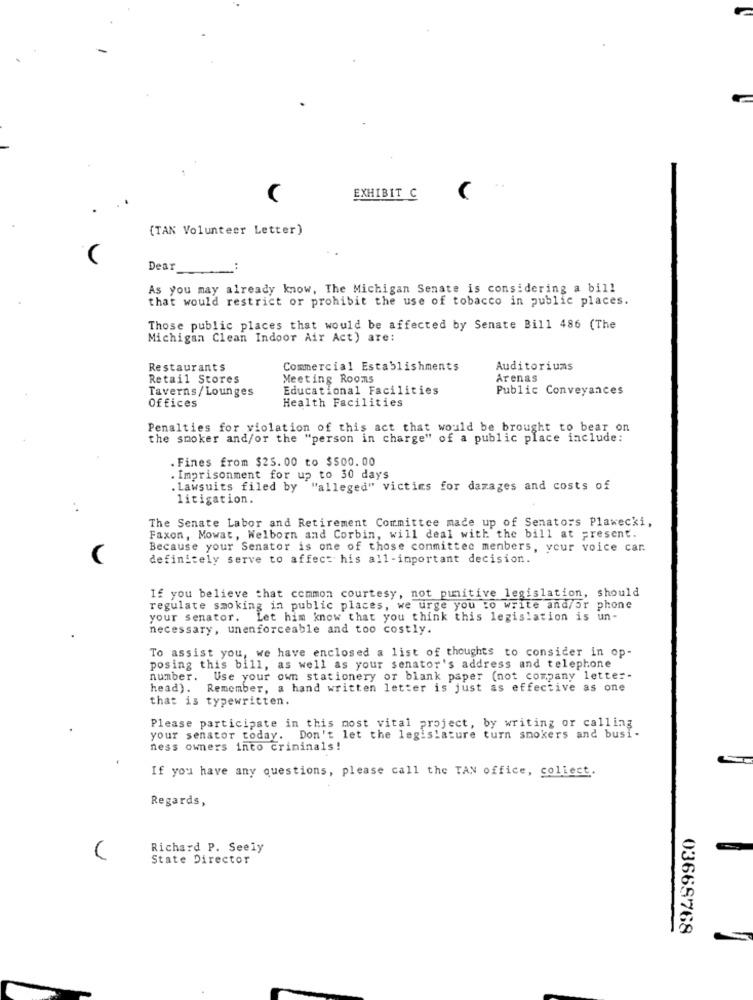
EXHIBIT C
(TAN Volunteer Letter)
Dear
..
As you may already know, The Michigan Senate is considering a bill
that would restrict or prohibit the use of tobacco in public places.
Those public places that would be affected by Senate Bill 486 (The
Michigan Clean Indoor Air Act) are:
Restaurants
Commercial Establishments
Auditoriums
Retail Stores
Meeting Rooms
Arenas
Taverns/Lounges
Educational Facilities
Public Conveyances
Health Facilities
Offices
Penalties for violation of this act that would be brought to bear on
the smoker and/or the "person in charge" of a public place include:
. Fines from $25.00 to $500.00
. Imprisonment for up to 30 days
. Lawsuits filed by "alleged" victims for dazages and costs of
litigation.
The Senate Labor and Retirement Committee made up of Senators Plawecki,
Faxon, Mowat, Welborn and Corbin, will deal with the bill at present.
Because your Senator is one of those committee members, your voice car
definitely serve to affect his all-important decision.
If you believe that common courtesy, not punitive legislation, should
regulate smoking in public places, we urge you to write and/or phone
your senator. Let him know that you think this legislation is un-
necessary, unenforceable and too costly.
To assist you, we have enclosed a list of thoughts to consider in op-
posing this bill, as well as your senator's address and telephone
number.
Use your own stationery or blank paper (not company letter-
head). Remember, a hand written letter is just as effective as one
that is typewritten.
Please participate in this most vital project, by writing or calling
your senator today. Don't let the legislature turn smokers and busi-
ness owners into criminals!
If you have any questions, please call the TAN office, collect.
Regards,
Richard P. Seely
State Director
03669768